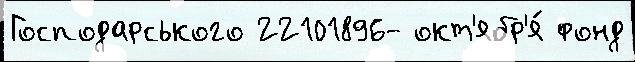
Господарського 22101896- окт'ябр'я́ фонд